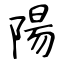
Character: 陽